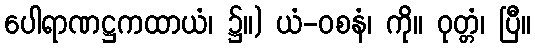
ပေါရာဏဋ္ဌကထာယံ၊ ၌။) ယံ-ဝစနံ၊ ကို။ ဝုတ္တံ၊ ပြီ။